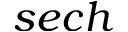
s e c h